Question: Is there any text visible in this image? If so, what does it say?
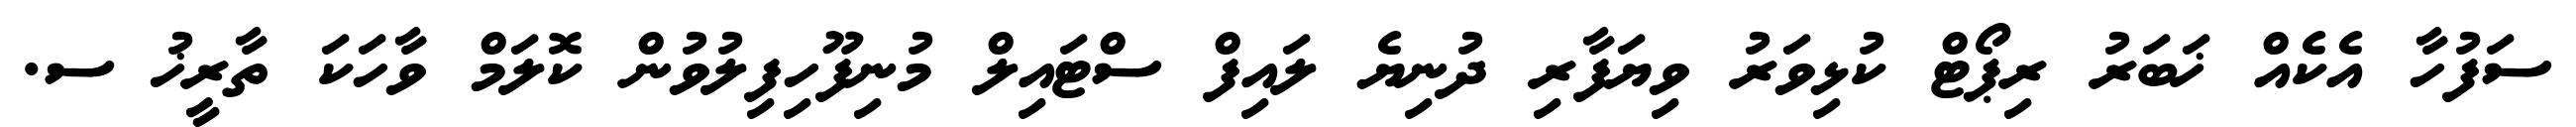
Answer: ސަފުހާ އެކެއް ޚަބަރު ރިޕޯޓް ކުޅިވަރު ވިޔަފާރި ދުނިޔެ ލައިފް ސްޓައިލް މުނިފޫހިފިލުވުން ކޮލަމް ވާހަކަ ތާރީޚު ސ.